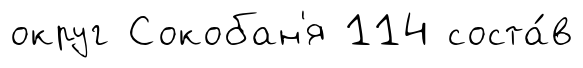
округ Сокобан'я 114 соста́в